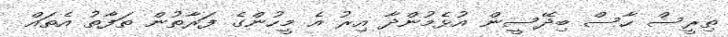
ތިރީސް ހާސް ބިދޭސީން އުޅެމުންދާ އިރު އެ މީހުންގެ ފަރާތުން ތަފާތު އެތައް